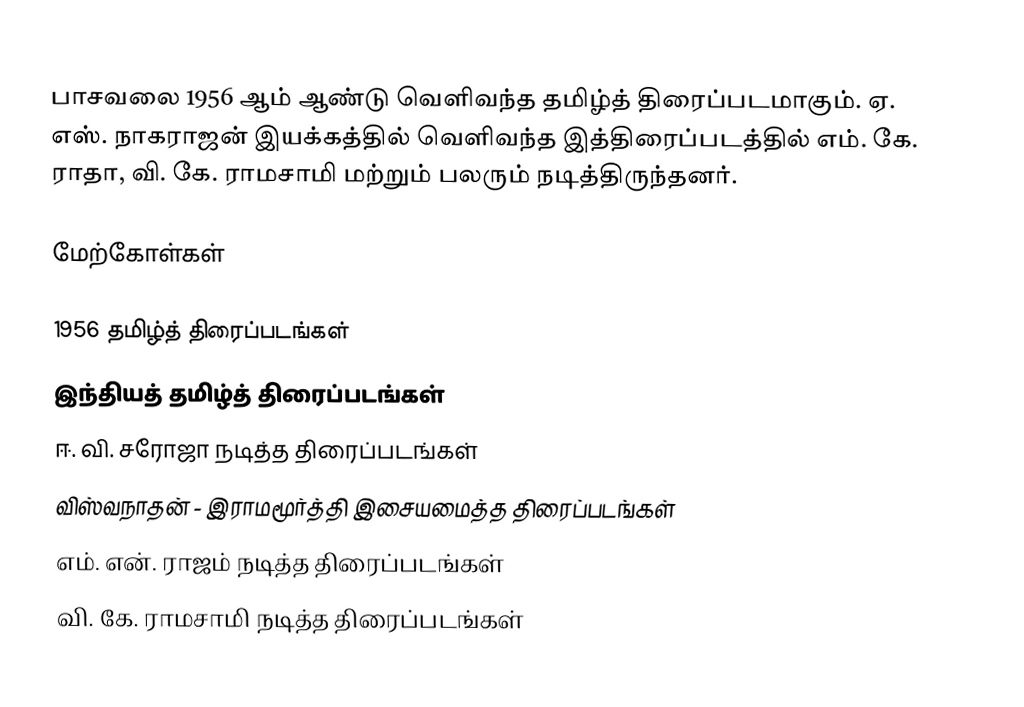
பாசவலை 1956 ஆம் ஆண்டு வெளிவந்த தமிழ்த் திரைப்படமாகும். ஏ. எஸ். நாகராஜன் இயக்கத்தில் வெளிவந்த இத்திரைப்படத்தில் எம். கே. ராதா, வி. கே. ராமசாமி மற்றும் பலரும் நடித்திருந்தனர்.

மேற்கோள்கள்

1956 தமிழ்த் திரைப்படங்கள்
இந்தியத் தமிழ்த் திரைப்படங்கள்
ஈ. வி. சரோஜா நடித்த திரைப்படங்கள்
விஸ்வநாதன் - இராமமூர்த்தி இசையமைத்த திரைப்படங்கள்
எம். என். ராஜம் நடித்த திரைப்படங்கள்
வி. கே. ராமசாமி நடித்த திரைப்படங்கள்